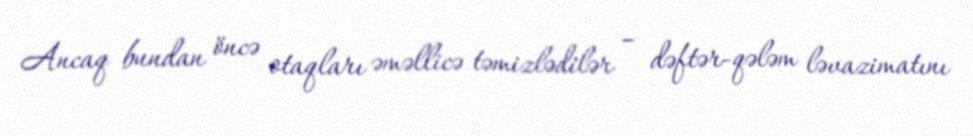
Ancaq bundan öncə otaqları əməllicə təmizlədilər – dəftər-qələm ləvazimatını